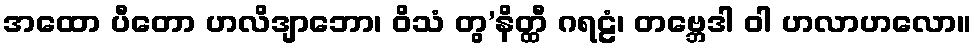
အထော ပီတော ဟလိဒျာဘော၊ ဝိသံ တွ’နိတ္ထီ ဂရဠံ၊ တဗ္ဘေဒါ ဝါ ဟလာဟလော။